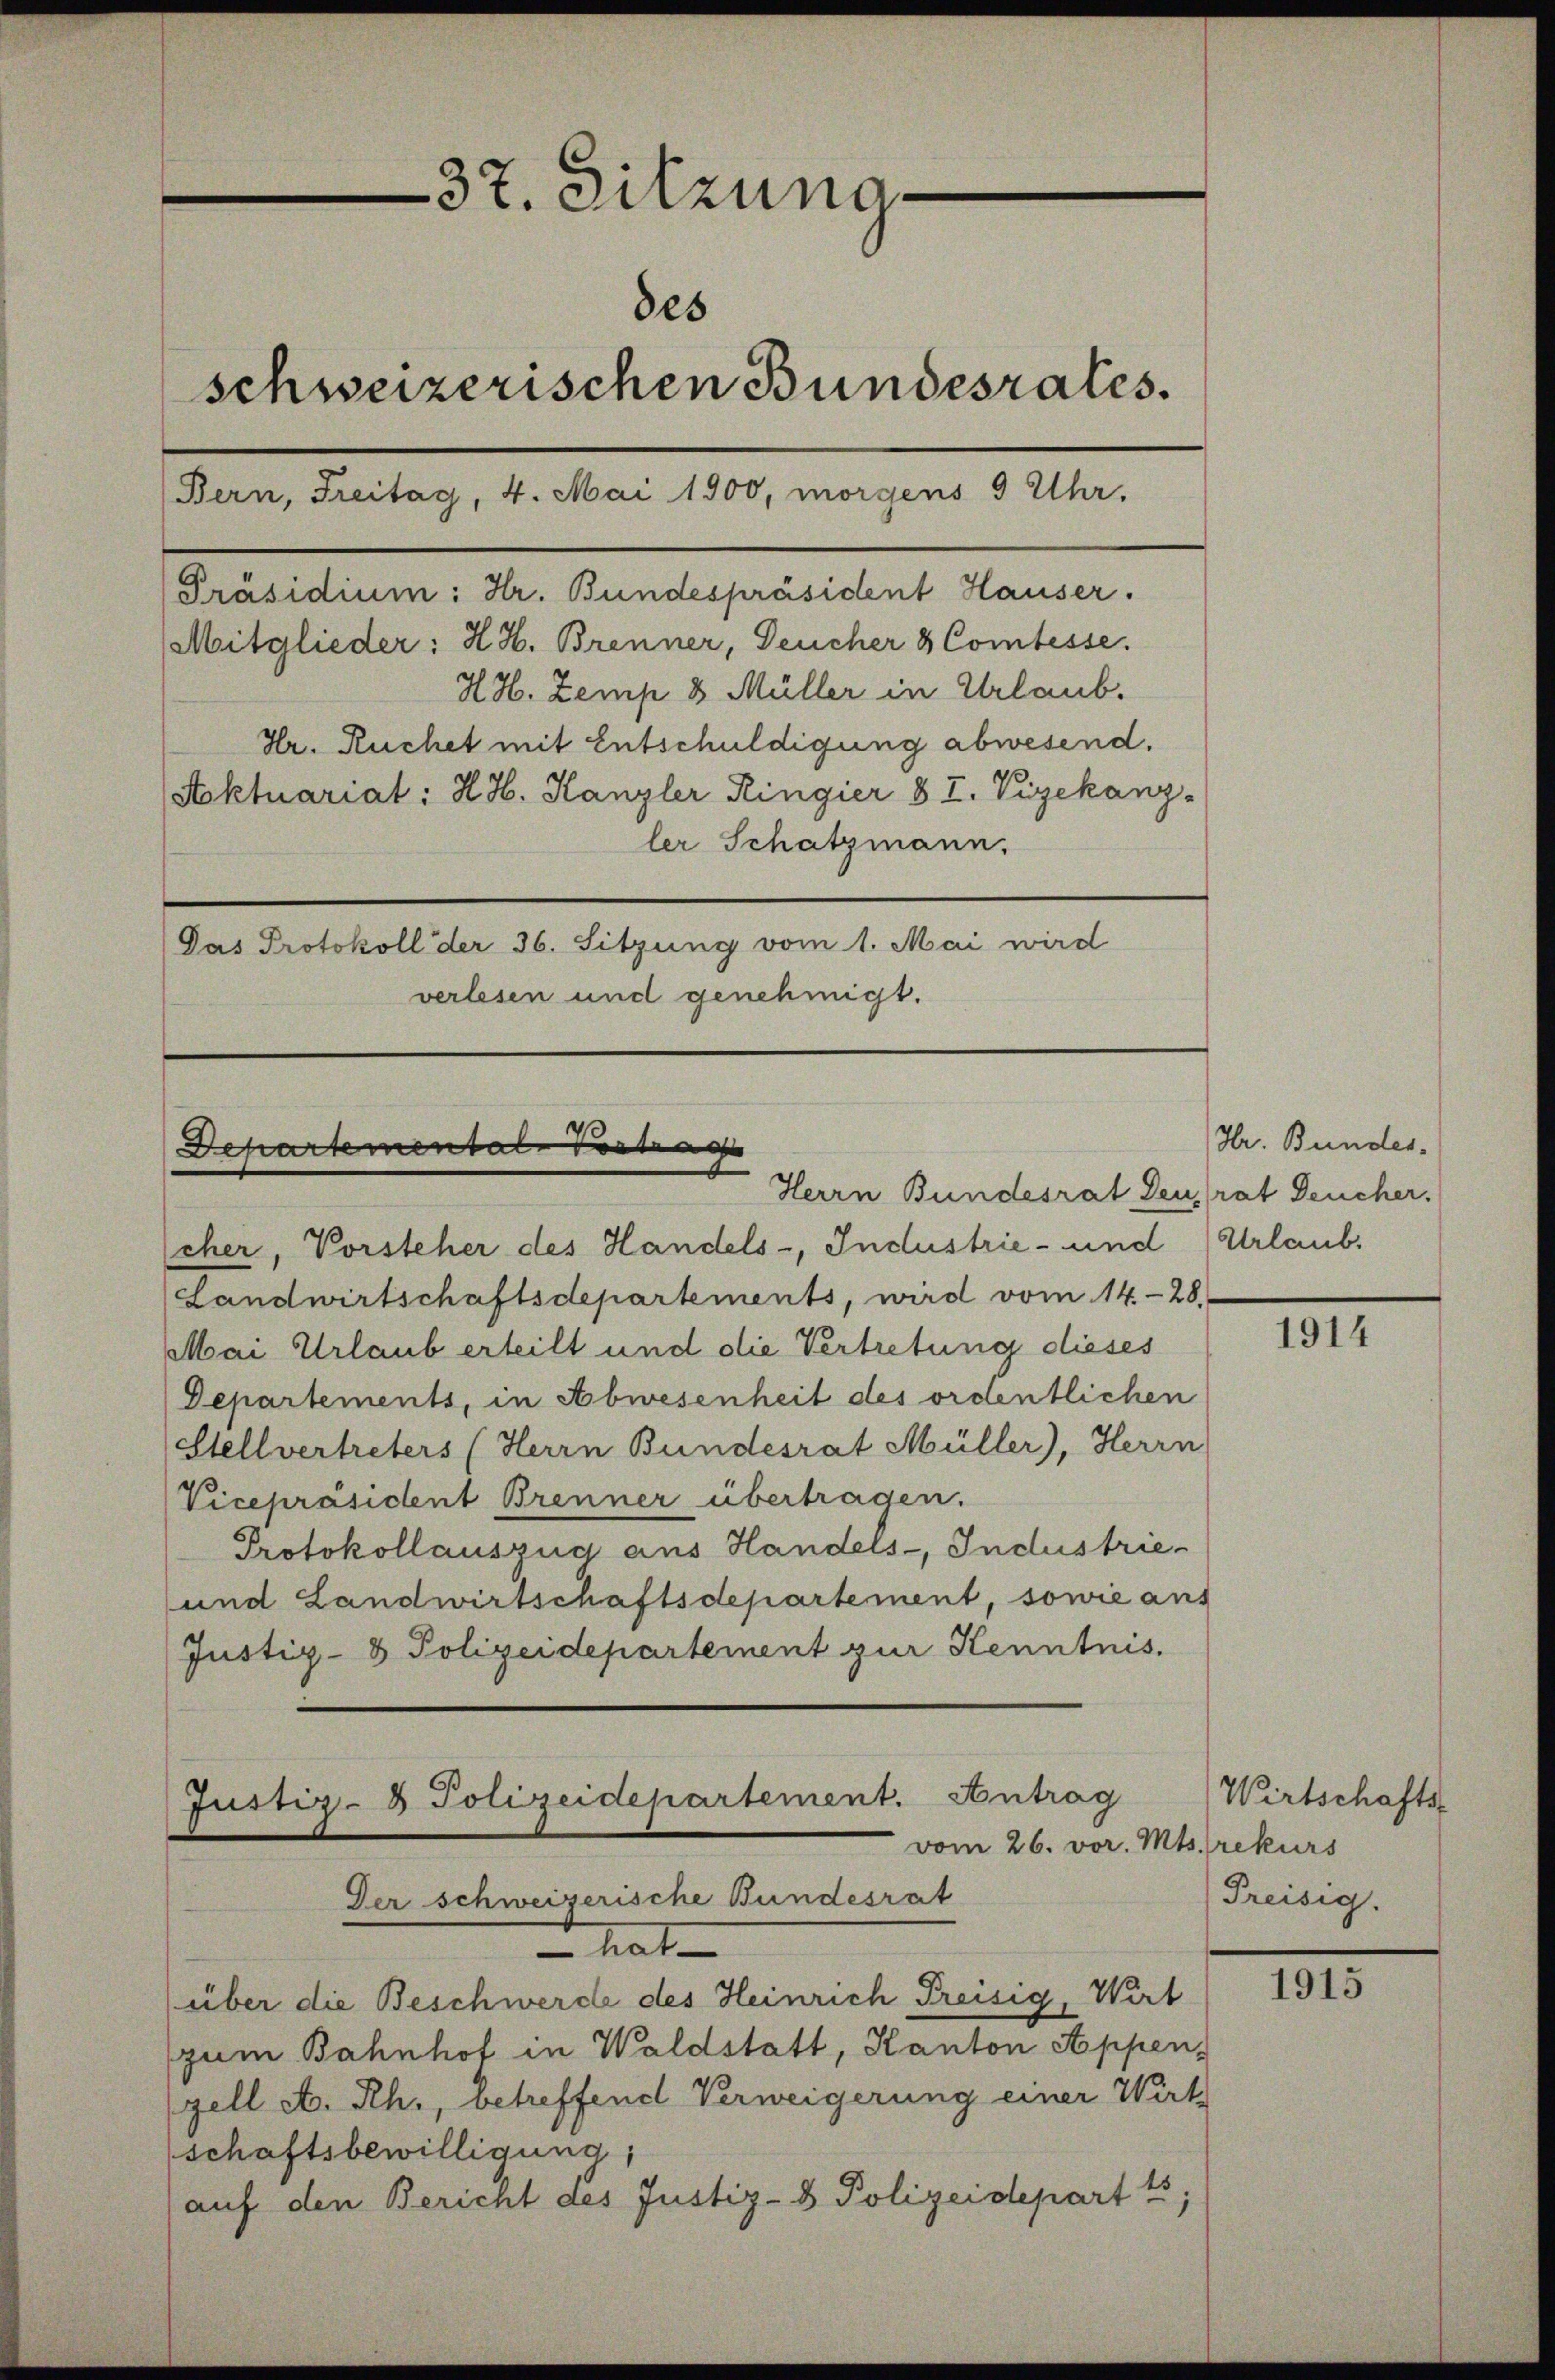
37. Sitzung
des
schweizerischen Bundesrates.
Bern, Freitag, 4. Mai 1900, morgens 5 Uhr.
Präsidium: Hr. Bundespräsident Hauser.

Mitglieder: H. H. Brenner, Feucher & Comtesse.
H. H. Zemp 8 Müller in Urlaub.
Hr. Ruchet mit Entschuldigung abwesend.
Stoktuariat: H. H. Kanzler Ringier § I. Vizekanzler Schatzmann.
Das Protokoll der 36. Sitzung vom 1. Mai wird
verlesen und genehmigt.

Departemental vertra
Herrn Bundesrat Deurat Deucher.

cher, Vorsteher des Handels-, Industrie- und
Landwirtschaftsdepartements, wird vom 14-28.
Mai Urlaub erteilt und die Vertretung dieses
Departements, in Abwesenheit des ordentlichen
Stellvertreters (Herrn Bundesrat Müller), Herrn
Vicepräsident Brenner übertragen.
Protokollauszug aus Handels-, Industrie-
und Landwirtschaftsdepartement, sowie aus
Justiz- & Polizeidepartement zur Kenntnis.

Justiz- & Polizeidepartement. Antrag
vom 26. vor. Mts. rekurs
Der schweizerische Bundesrat
hat-

über die Beschwerde des Heinrich Preisig, Wirt
zum Bahnhof in Waldstatt, Kanton Appen-
gell a. Rh., betreffend Verweigerung einer Wirt
schaftsbewilligung,
auf den Bericht des Justiz- & Polizeidepart t;

Hr. Bunder-
Urlaub.

1914

Wirtschafts-
Preisig.

1915